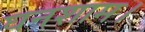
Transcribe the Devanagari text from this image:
घनशाम।